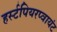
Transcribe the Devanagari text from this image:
हर्स्टपियरप्वायंट